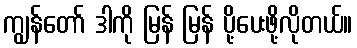
ကျွန်တော် ဒါကို မြန် မြန် ပို့ပေးဖို့လိုတယ်။